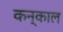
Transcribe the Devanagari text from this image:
कन्काल